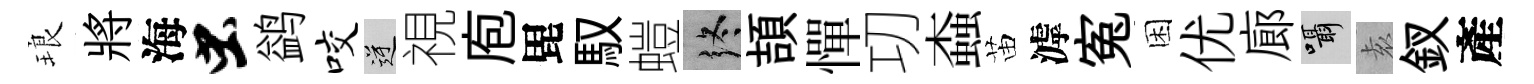
琅將海虫鹢咬逆視庖毘馭螘终頡憚㓛螙苗滹寃困优廊囁𡊮釵產